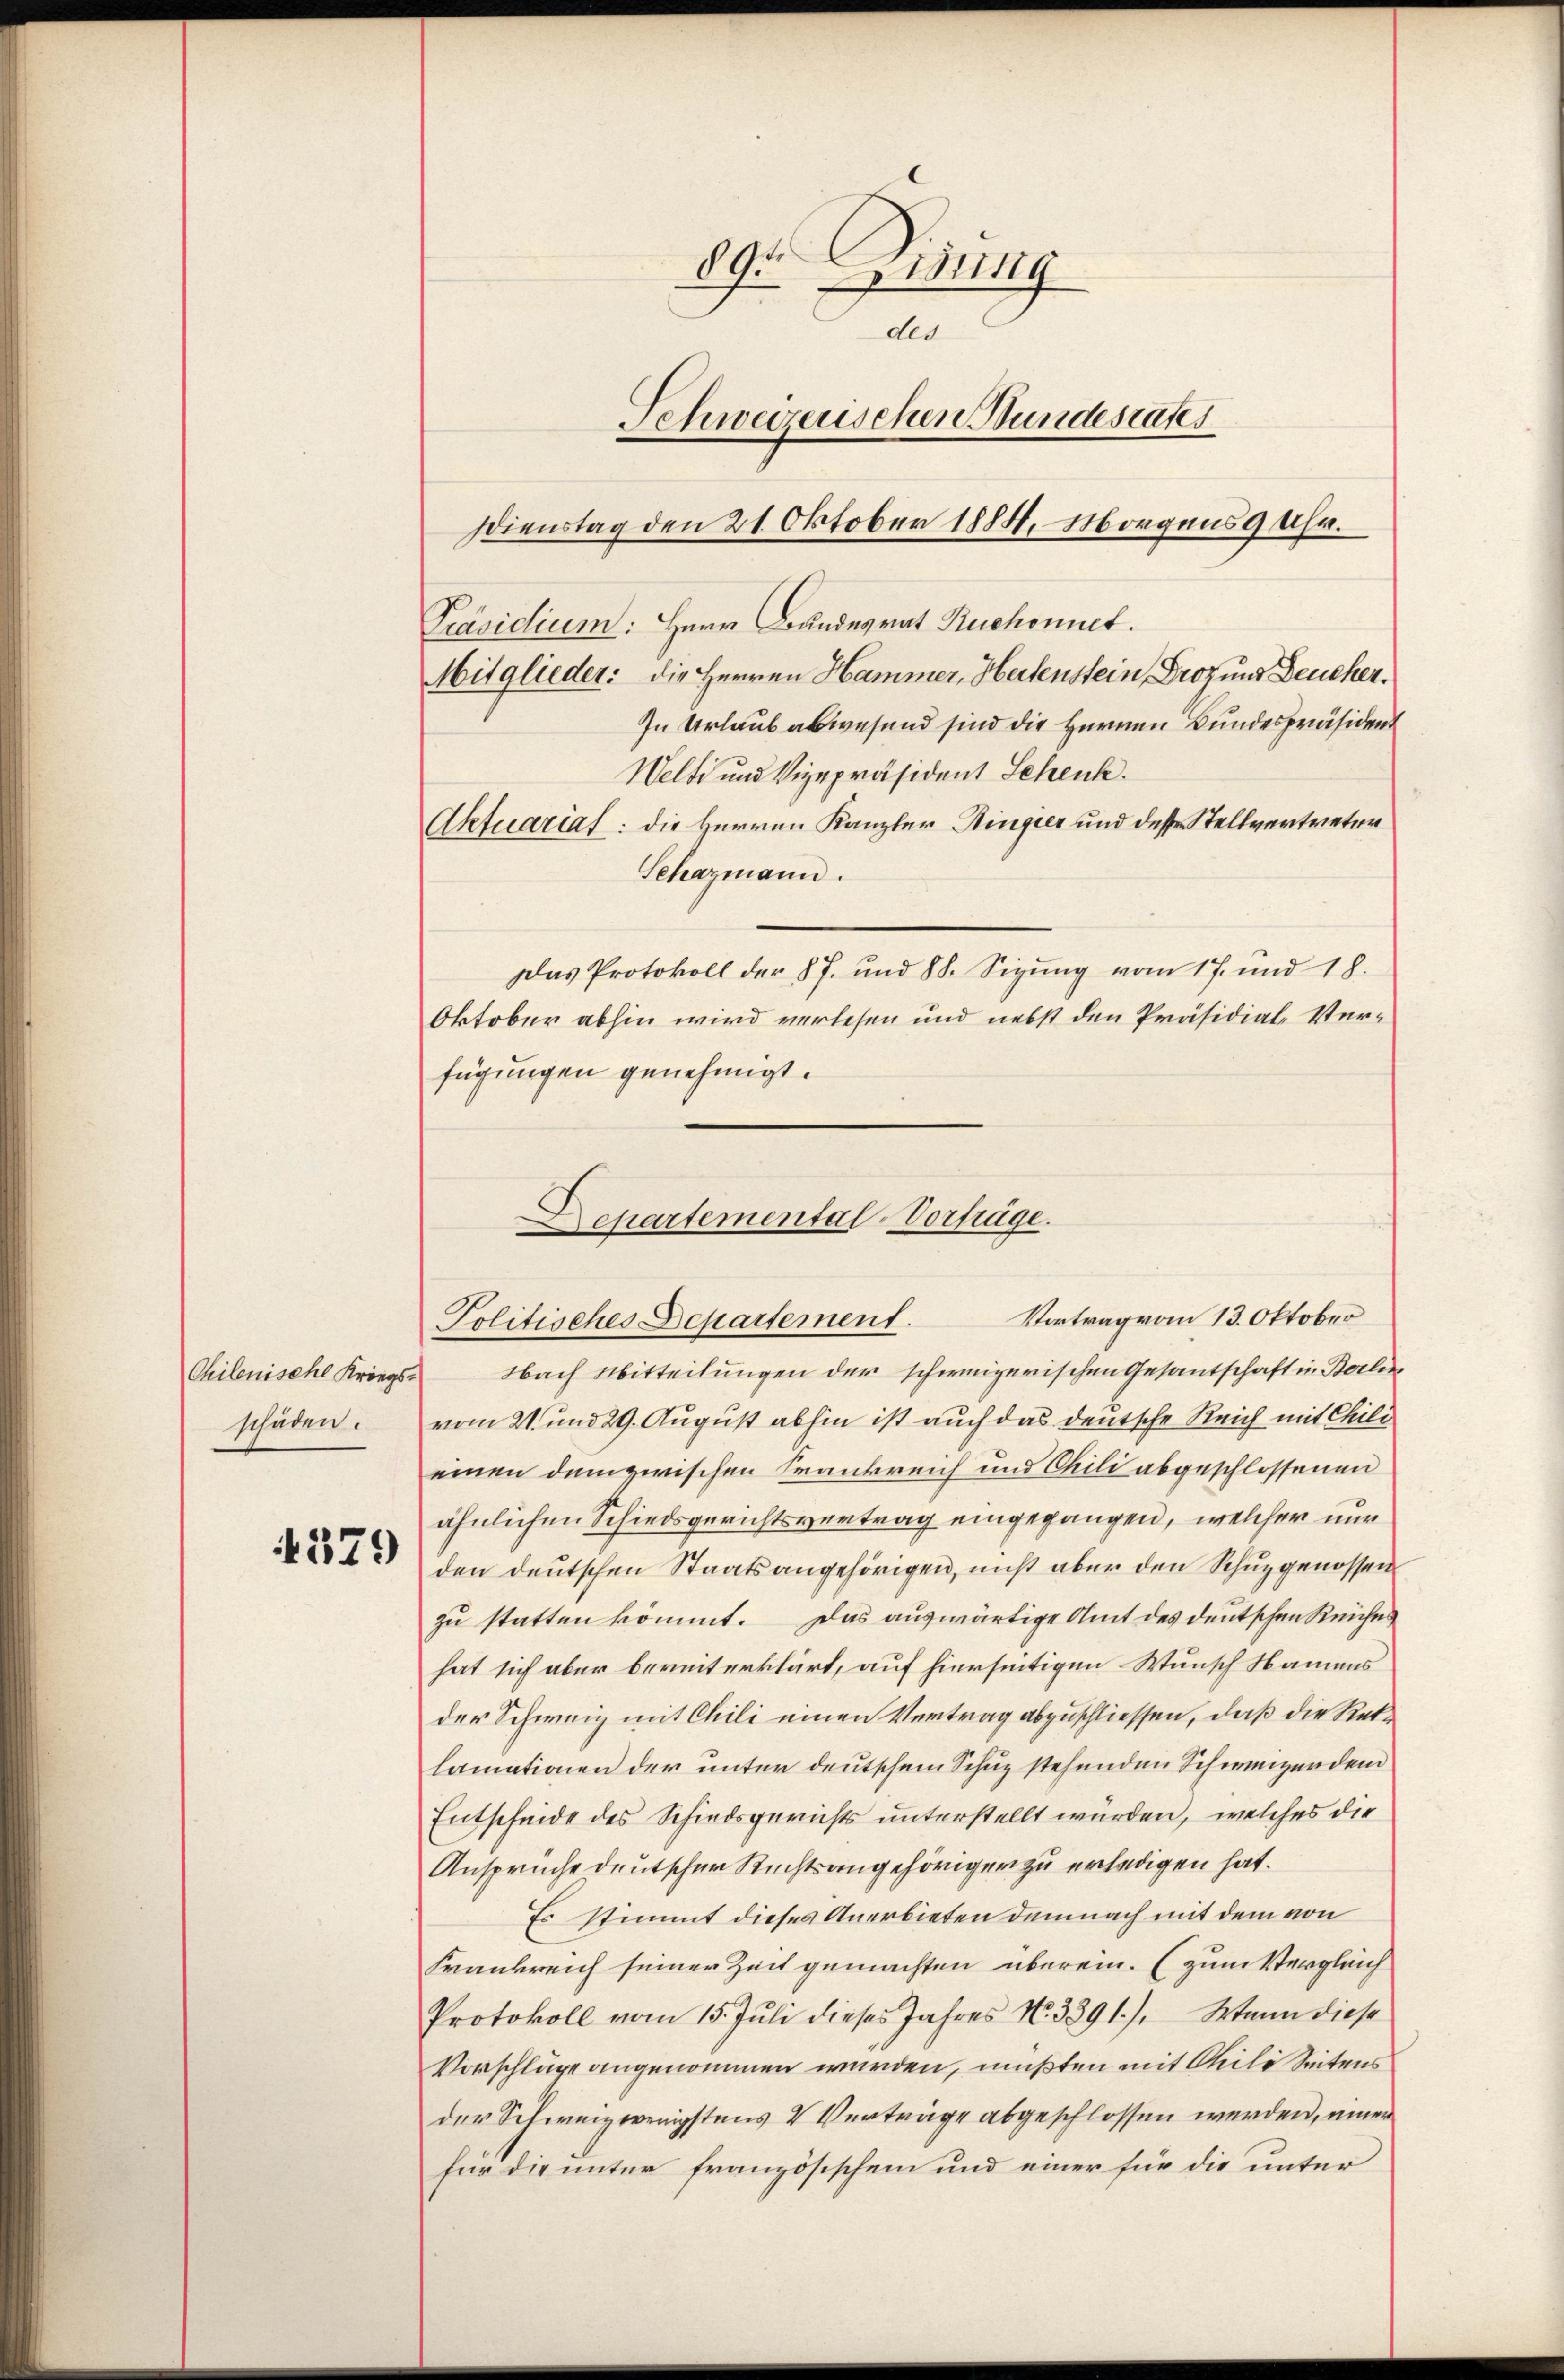
Chilenischl Kriegsschäden.

4379

89. Eidung
des
Schweizerischen Wundesrates
Dienstag den 21. Oktober 1884. Morgens 9 Uhr.

Welti und Vizepräsident Schenk.
Aktuariat: die Herren Kanzler Hinger und desser Stellvertreten
Schazmann.

Mitglieder: die Herren Hammer, Heitenstein, Droz und Deucher¬
In Urlaub abwesend sind die Herren Bundespräsident
Das Protokoll der 87. und 88. Sigŭng vom 17. und 18.
Oktober abhin wird verlesen und nebst den Präsidial-Verfügungen genehmigt.
Departemental-Vorträge.

Nach Mitteilungen der schweizerischen Gesantschaft in Berli
vom 21. und 29. August abhin ist auch das deutsche Reich mit Chili
einen dem zwischen Frankreich und Chili abgeschlossenen
ähnlichen Schiedsgerichtsvertrag eingegangen, welcher nur
den deutschen Staatsangehörigen, nicht aber den Schuzgenossen
zu statten kömmt. Das auswärtige Amt des deutschen Reiches
hat sich aber bereiterklärt, auf hierseitigen Wunsch Namens
der Schweiz mit Chili einen Vertrag abzuschliessen, daß die Reklamationen der unter deutschem Schuz stehenden Schweizer dem
Entscheide des Schiedsgerichts unterstellt wurden, welches die
Anspruche deutscher Rechtsangehöriger zu erledigen hat.
Es stimmt dieses Anerbieten demnach mit dem von
Frankreich seiner Zeit gemachten überein. (zum Vergleich
Protokoll vom 15. Juli dieses Jahres No. 3391). Wenn diese
Vorschläge angenommen wurden, mußten mit Cili Seitens
der Schweiz wenigstens V Verträge abgeschlossen werden, einer
für die unter französischem und einer für die unter

Politisches Departement. Vortrag vom 13. Oktober

Präsidium: Herr Bandesrat Ruchonnet.